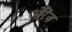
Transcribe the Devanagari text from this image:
औरेंज़